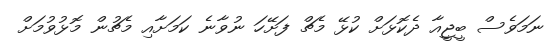
ނަމަވެސް ބީޖީއާ ދެކޮޅަށް ކުޅޭ މެޗް ފަށޭހަ ނުވާނެ ކަމަށާއި މެޗުން މޮޅުވުމަށް